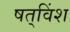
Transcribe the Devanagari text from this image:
षत्‌विंश